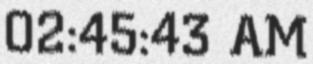
02:45:43 AM